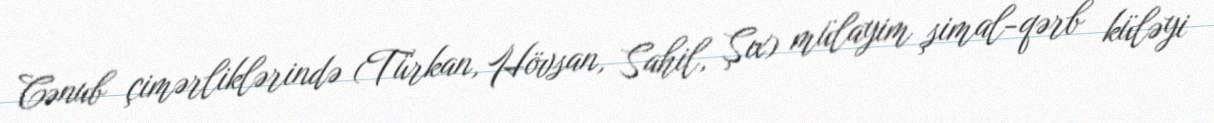
Cənub çimərliklərində (Türkan, Hövsan, Sahil, Şıx) mülayim şimal-qərb küləyi